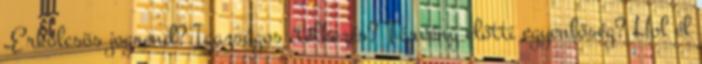
„Erkölcsös jogrend? Igazságos ítélkezés? Törvény előtti egyenlőség? Hol él